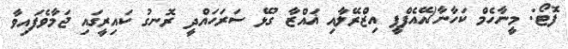
ފޮޓޯ: މީނާހެމް ކަހާނާ/އޭއެފްޕީ އިޒްރޭލާއި ޣައްޒާ ގުޅޭ ސަރަހައްދީ ރޮނގު ކައިރީގައި ޖަމާވެފައިވާ